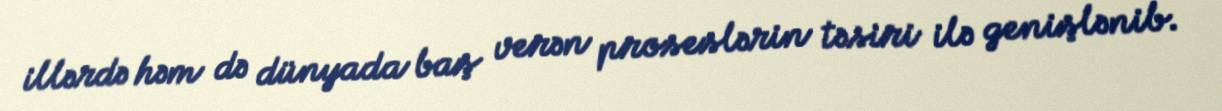
illərdə həm də dünyada baş verən proseslərin təsiri ilə genişlənib.